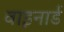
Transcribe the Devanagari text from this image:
वाइनार्ड